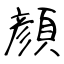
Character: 顔